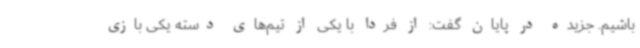
باشیم. جزیده در پایان ‌گفت: از فردا با یکی از تیم‌های دسته یکی بازی